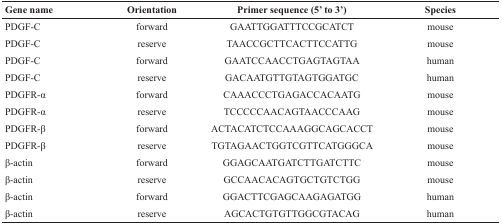
<table><thead><tr><td><b>Gene name</b></td><td><b>Orientation</b></td><td><b>Primer sequence (5′ to 3′)</b></td><td><b>Species</b></td></tr></thead><tbody><tr><td>PDGF-C</td><td>forward</td><td>GAATTGGATTTCCGCATCT</td><td>mouse</td></tr><tr><td>PDGF-C</td><td>reserve</td><td>TAACCGCTTCACTTCCATTG</td><td>mouse</td></tr><tr><td>PDGF-C</td><td>forward</td><td>GAATCCAACCTGAGTAGTAA</td><td>human</td></tr><tr><td>PDGF-C</td><td>reserve</td><td>GACAATGTTGTAGTGGATGC</td><td>human</td></tr><tr><td>PDGFR-α</td><td>forward</td><td>CAAACCCTGAGACCACAATG</td><td>mouse</td></tr><tr><td>PDGFR-α</td><td>reserve</td><td>TCCCCCAACAGTAACCCAAG</td><td>mouse</td></tr><tr><td>PDGFR-β</td><td>forward</td><td>ACTACATCTCCAAAGGCAGCACCT</td><td>mouse</td></tr><tr><td>PDGFR-β</td><td>reserve</td><td>TGTAGAACTGGTCGTTCATGGGCA</td><td>mouse</td></tr><tr><td>β-actin</td><td>forward</td><td>GGAGCAATGATCTTGATCTTC</td><td>mouse</td></tr><tr><td>β-actin</td><td>reserve</td><td>GCCAACACAGTGCTGTCTGG</td><td>mouse</td></tr><tr><td>β-actin</td><td>forward</td><td>GGACTTCGAGCAAGAGATGG</td><td>human</td></tr><tr><td>β-actin</td><td>reserve</td><td>AGCACTGTGTTGGCGTACAG</td><td>human</td></tr></tbody></table>